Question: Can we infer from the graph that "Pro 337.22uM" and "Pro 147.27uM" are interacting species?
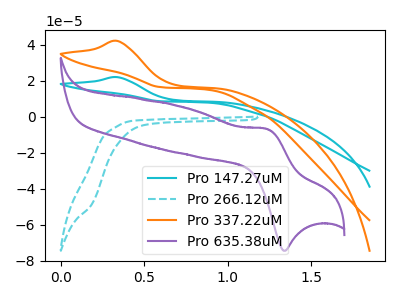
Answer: <think>The cyan curve "Pro 147.27uM" has an anodic peak at: (0.35V, 21.95uA). The cyan dashed curve "Pro 266.12uM" has no peaks. The orange curve "Pro 337.22uM" has an anodic peak at: (0.35V, 42.00uA). The purple curve "Pro 635.38uM" has an anodic peak at (1.25V, -6.80uA) and a cathodic peak at (1.35V, -74.40uA).
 All the peaks in "Pro 337.22uM" have a peak in "Pro 147.27uM" at the same potential. Every peak in "Pro 337.22uM" is higher than every peak in "Pro 147.27uM".</think>
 <answer>No, "Pro 337.22uM" and "Pro 147.27uM" don't appear to be significantly different in shape</answer>
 <eval>no_change</eval>